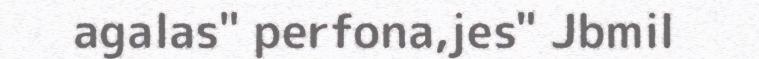
agalas" perfona,jes" Jbmil